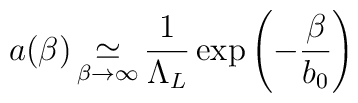
a(\beta) \mathop\simeq_{\beta\to \infty} \frac{1}{\Lambda_L}\exp\left(-\frac{\beta}{b_0}\right)